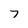
Character: 7